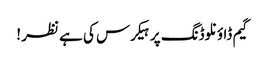
گیم ڈاؤنلوڈنگ پر ہیکرس کی ہے نظر !